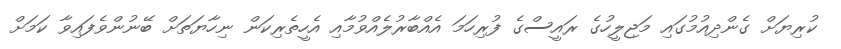
ކުރިޔަށް ގެންދިއުމުގައި މަޖިލީހުގެ ރައީސްގެ ފުރިހަމަ އެއްބާރުލެއްވުމާއި އެހީތެރިކަން ނިހާޔަތަށް ބޭނުންވެފައިވާ ކަމަށް